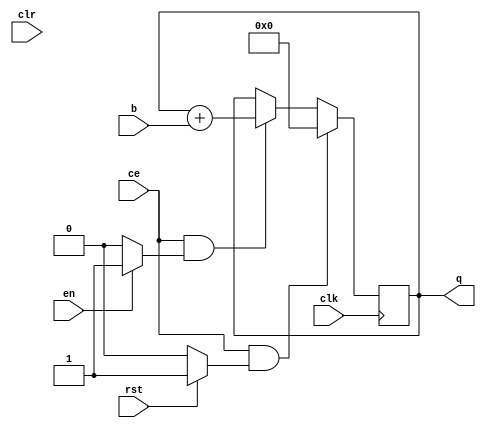
module sysgen_accum_ac23432ab2 (
  input [(32 - 1):0] b,
  input [(1 - 1):0] rst,
  input [(1 - 1):0] en,
  output [(32 - 1):0] q,
  input clk,
  input ce,
  input clr);
  wire signed [(32 - 1):0] b_17_24;
  wire rst_17_27;
  wire en_17_32;
  reg signed [(32 - 1):0] accum_reg_41_23 = 32'b00000000000000000000000000000000;
  wire accum_reg_41_23_rst;
  wire accum_reg_41_23_en;
  localparam [(1 - 1):0] const_value = 1'b0;
  localparam [(1 - 1):0] const_value_x_000000 = 1'b1;
  localparam [(1 - 1):0] const_value_x_000001 = 1'b0;
  localparam [(1 - 1):0] const_value_x_000002 = 1'b1;
  reg signed [(33 - 1):0] accum_reg_join_47_1;
  reg accum_reg_join_47_1_en;
  reg accum_reg_join_47_1_rst;
  assign b_17_24 = b;
  assign rst_17_27 = rst;
  assign en_17_32 = en;
  always @(posedge clk)
    begin:proc_accum_reg_41_23
      if (((ce == 1'b1) && (accum_reg_41_23_rst == 1'b1)))
        begin
          accum_reg_41_23 <= 32'b00000000000000000000000000000000;
        end
      else if (((ce == 1'b1) && (accum_reg_41_23_en == 1'b1)))
        begin
          accum_reg_41_23 <= accum_reg_41_23 + b_17_24;
        end
    end
  always @(accum_reg_41_23 or b_17_24 or en_17_32 or rst_17_27)
    begin:proc_if_47_1
      if (rst_17_27)
        begin
          accum_reg_join_47_1_rst = 1'b1;
        end
      else if (en_17_32)
        begin
          accum_reg_join_47_1_rst = 1'b0;
        end
      else 
        begin
          accum_reg_join_47_1_rst = 1'b0;
        end
      if (en_17_32)
        begin
          accum_reg_join_47_1_en = 1'b1;
        end
      else 
        begin
          accum_reg_join_47_1_en = 1'b0;
        end
    end
  assign accum_reg_41_23_rst = accum_reg_join_47_1_rst;
  assign accum_reg_41_23_en = accum_reg_join_47_1_en;
  assign q = accum_reg_41_23;
endmodule